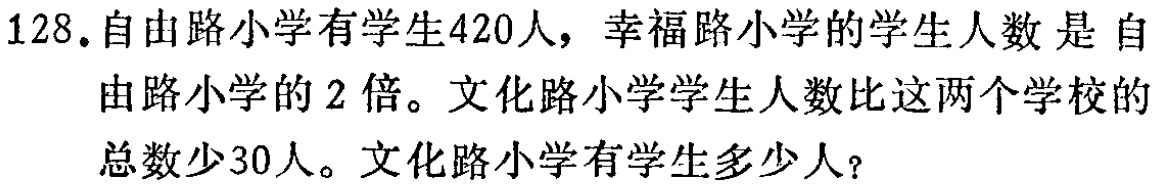
128.自由路小学有学生420人，幸福路小学的学生人数 是 自
由路小学的2倍。文化路小学学生人数比这两个学校的
总数少30人。文化路小学有学生多少人?